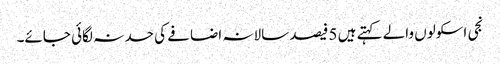
نجی اسکولوں والے کہتے ہیں 5 فیصد سالانہ اضافے کی حد نہ لگائی جائے۔